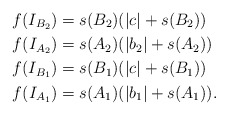
\begin{align*}f(I_{B_2}) &= s(B_2)(|c|+s(B_2)) \\f(I_{A_2}) &= s(A_2)(|b_2|+s(A_2)) \\f(I_{B_1}) & = s(B_1)(|c|+s(B_1)) \\f(I_{A_1}) & = s(A_1)(|b_1|+s(A_1)).\end{align*}